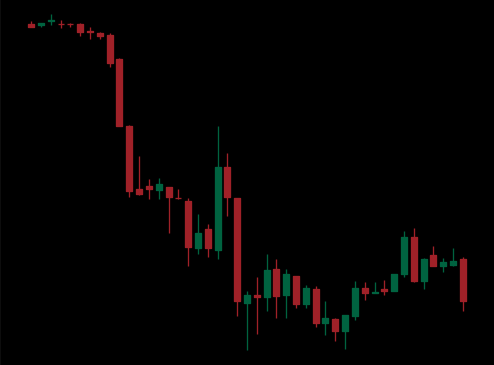
Pattern: bull_flag